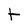
Character: t